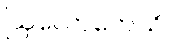
ဩလောကေသိ